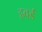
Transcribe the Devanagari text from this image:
हवर्ड